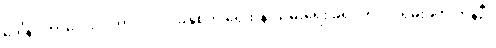
ဒေါ်နာ ကာလေလ် ဟာ ၂၀၁၇ ခုနှစ်က ရေထိန်းသိမ်းရေး ခရိုင်က ငှားရမ်းခဲ့တဲ့ ကနဦး